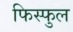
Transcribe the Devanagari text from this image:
फिस्फुल